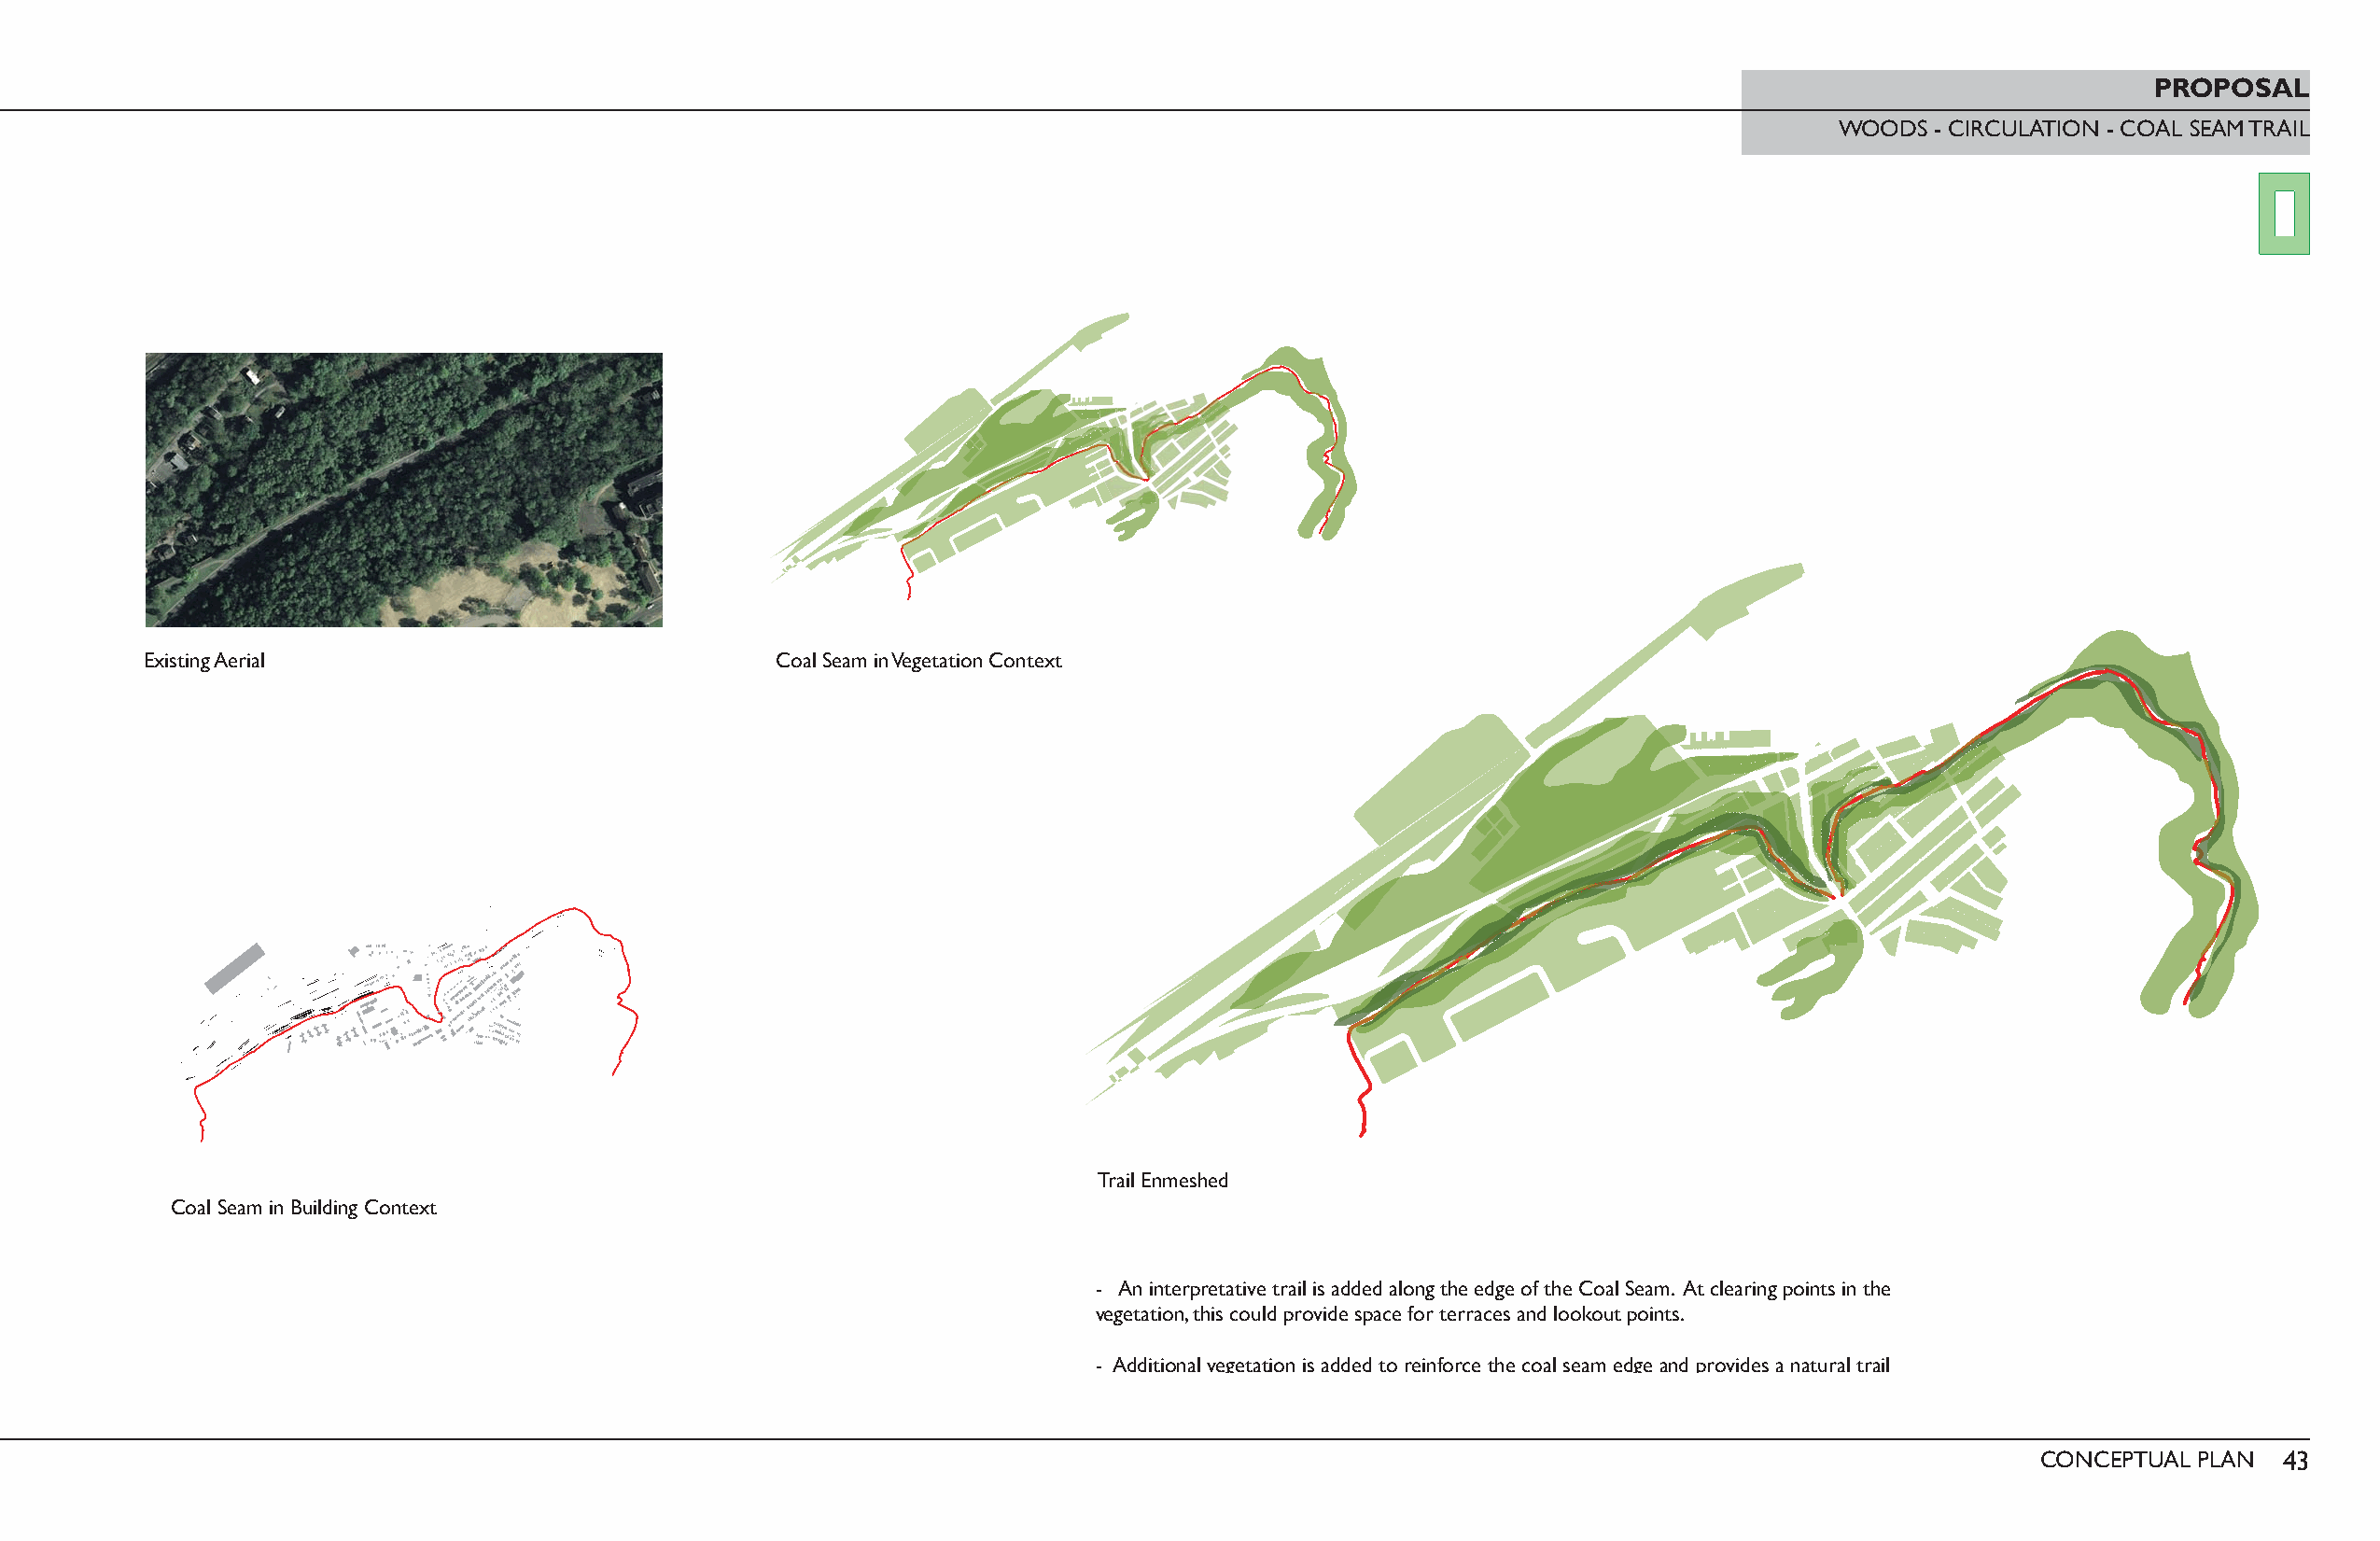
PROPOSAL
 WOODS  - CIRCULATION - COAL SEAM TRAIL
 Existing Aerial                              Coal Seam in Vegetation Context
 Trail Enmeshed
 Coal Seam in Building Context
 - An interpretative trail is added along the edge of the Coal Seam. At clearing points in the
 vegetation, this could provide space for terraces and lookout points.
 - Additional vegetation is added to reinforce the coal seam edge and provides a natural trail
 CONCEPTUAL PLAN  43